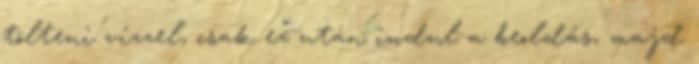
tölteni vízzel, csak ez után indul a beoldás, majd